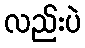
လည်းပဲ